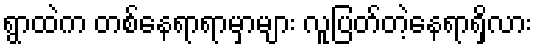
ရွာထဲက တစ်နေရာရာမှာများ လူပြတ်တဲ့နေရာရှိလား